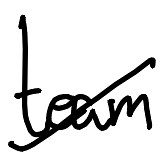
Text: team
Cross-out: mix
Writing tool: digital_black